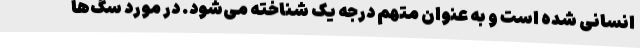
انسانی شده است و به عنوان متهم درجه یک شناخته می‌شود. در مورد سگ‌ها